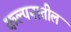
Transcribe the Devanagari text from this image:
कल्पनातील